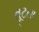
તૂટતા